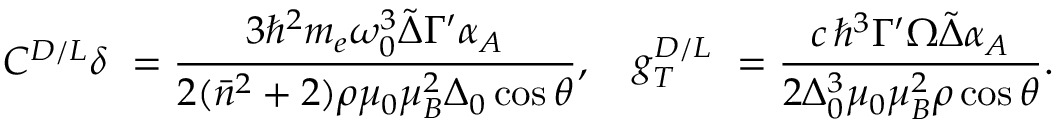
C ^ { D / L } \delta \ = \frac { 3 \hbar ^ { 2 } m _ { e } \omega _ { 0 } ^ { 3 } \tilde { \Delta } \Gamma ^ { \prime } \alpha _ { A } } { 2 ( \bar { n } ^ { 2 } + 2 ) \rho \mu _ { 0 } \mu _ { B } ^ { 2 } \Delta _ { 0 } \cos { \theta } } , \quad g _ { T } ^ { D / L } \ = \frac { c \, \hbar ^ { 3 } \Gamma ^ { \prime } \Omega \tilde { \Delta } \alpha _ { A } } { 2 \Delta _ { 0 } ^ { 3 } \mu _ { 0 } \mu _ { B } ^ { 2 } \rho \cos { \theta } } .